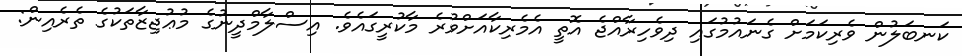
ކަނބަލުން ވެރިކަމަށް ގެނައުމުގައި ދިވެހިރާއްޖެ އޮތީ އެމެރިކާއަށްވުރެ މާކުރީގައެވެ. އިސްލާމްދީނުގެ މުޢުޖިޒާތަކުގެ ތެރެއިން: